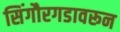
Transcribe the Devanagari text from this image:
सिंगौरगडावरून